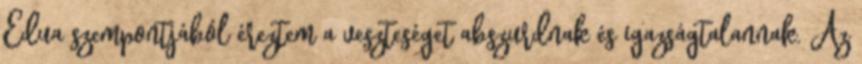
Edua szempontjából éreztem a veszteséget abszurdnak és igazságtalannak. Az